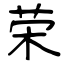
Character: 荣